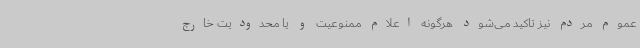
عموم مردم نیز تاکید می‌شود هرگونه اعلام ممنوعیت و یا محدودیت خارج